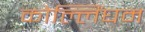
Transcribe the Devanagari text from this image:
कोल्लिंघम